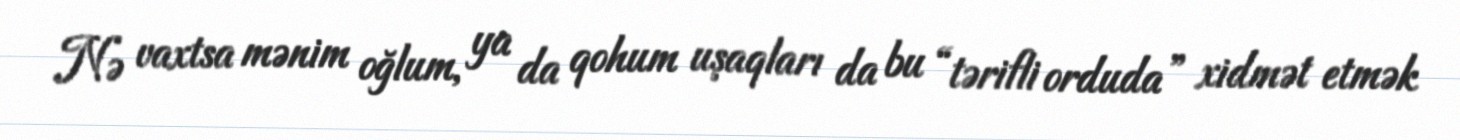
Nə vaxtsa mənim oğlum, ya da qohum uşaqları da bu “tərifli orduda” xidmət etmək